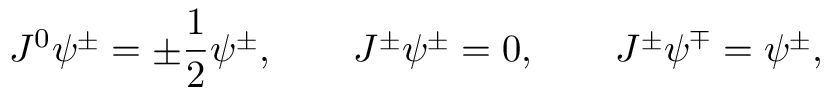
J ^ { 0 } \psi ^ { \pm } = \pm \frac 1 2 \psi ^ { \pm } , \qquad J ^ { \pm } \psi ^ { \pm } = 0 , \qquad J ^ { \pm } \psi ^ { \mp } = \psi ^ { \pm } ,